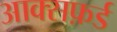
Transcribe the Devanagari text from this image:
आक्सफ़र्ड